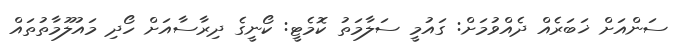
ސަންއަށް ޚަބަރެއް ދެއްވުމަށް: ގައުމީ ސަލާމަތު ކޮމެޓީ: ކޯނީގެ ދިރާސާއަށް ހޯދި މައުލޫމާތުތައް